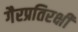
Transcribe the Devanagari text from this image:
गैरप्रतिरक्षी